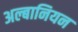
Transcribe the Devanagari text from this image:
अल्बानियन